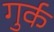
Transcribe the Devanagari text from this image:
गुर्क